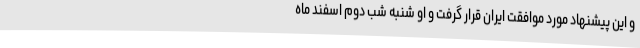
و این پیشنهاد مورد موافقت ایران قرار گرفت و او شنبه شب دوم اسفند ماه